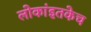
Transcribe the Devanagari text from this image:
लोकांइतकेच